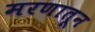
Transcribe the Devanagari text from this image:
मरणातून